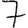
Digit: 7